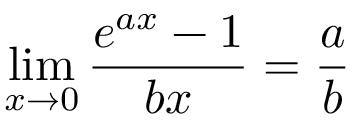
\operatorname* { l i m } _ { x \to 0 } { \frac { e ^ { a x } - 1 } { b x } } = { \frac { a } { b } }